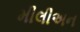
મીલીઅન